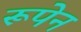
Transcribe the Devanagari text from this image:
रूपेन